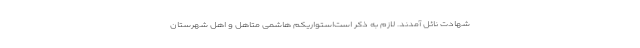
شهادت نائل آمدند. لازم به ذکر است‌استواریکم هاشمی متاهل و اهل شهرستان